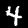
Label: 4